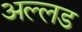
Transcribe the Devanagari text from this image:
अल्लड